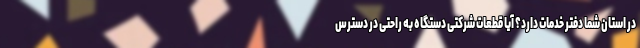
در استان شما دفتر خدمات دارد؟ آیا قطعات شرکتی دستگاه به راحتی در دسترس